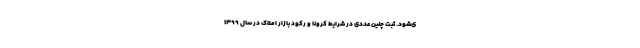
ی‌شود. ثبت چنین عددی در شرایط کرونا و رکود بازار املاک در سال ۱۳۹۹